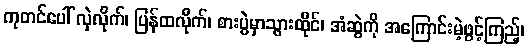
ကုတင်ပေါ် လှဲလိုက်၊ ပြန်ထလိုက်၊ စားပွဲမှာသွားထိုင်၊ အံဆွဲကို အကြောင်းမဲ့ဖွင့်ကြည့်၊